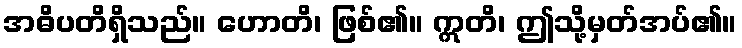
အဓိပတိရှိသည်။ ဟောတိ၊ ဖြစ်၏။ ဣတိ၊ ဤသို့မှတ်အပ်၏။